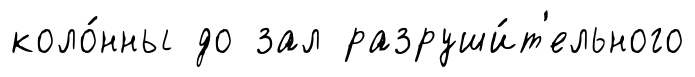
коло́нны до зал разруши́т'ельного